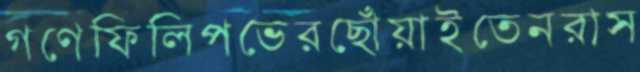
গণেফিলিপভেরছোঁয়াইতেনরাস